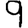
Digit: 9